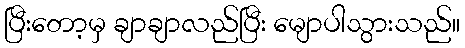
ပြီးတော့မှ ချာချာလည်ပြီး မျောပါသွားသည်။